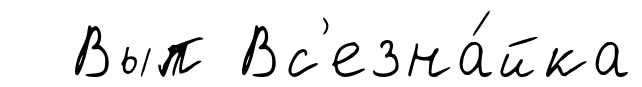
Вып Вс'езна́йка